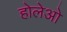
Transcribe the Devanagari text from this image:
होलेओ